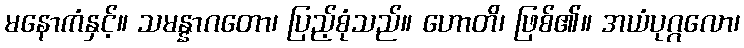
မနောကံနှင့်။ သမန္နာဂတော၊ ပြည့်စုံသည်။ ဟောတိ၊ ဖြစ်၏။ အယံပုဂ္ဂလော၊